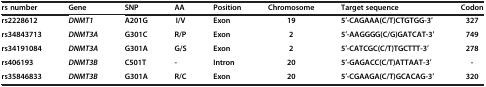
| rs number | Gene | SNP | AA | Position | Chromosome | Target sequence | Codon |
 | --- | --- | --- | --- | --- | --- | --- | --- |
 | rs2228612 | DNMT1 | A201G | I/V | Exon | 19 | 5′-CAGAAA(C/T)CTGTGG-3′ | 327 |
 | rs34843713 | DNMT3A | G301C | R/P | Exon | 2 | 5′-AAGGGG(C/G)GATCAT-3′ | 749 |
 | rs34191084 | DNMT3A | G301A | G/S | Exon | 2 | 5′-CATCGC(C/T)TGCTTT-3′ | 278 |
 | rs406193 | DNMT3B | C501T | - | Intron | 20 | 5′-GAGACC(C/T)ATTAAT-3′ | - |
 | rs35846833 | DNMT3B | G301A | R/C | Exon | 20 | 5′-CGAAGA(C/T)GCACAG-3′ | 320 |